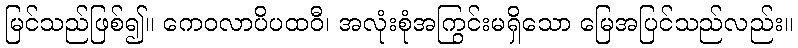
မြင်သည်ဖြစ်၍။ ကေဝလာပိပထဝီ၊ အလုံးစုံအကြွင်းမရှိသော မြေအပြင်သည်လည်း။